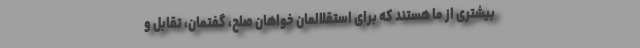
بیشتری از ما هستند که برای استقلالمان خواهان صلح، گفتمان، تقابل و